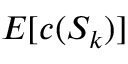
E [ c ( S _ { k } ) ]